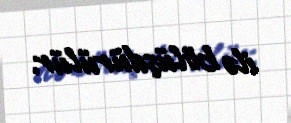
ilə bölüşdürülür.